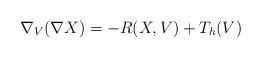
LaTeX: \begin{align*}\nabla_V (\nabla X) = - R(X, V) + T_h (V) \end{align*}